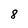
Character: 8